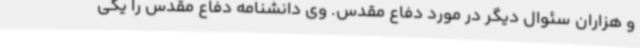
و هزاران سئوال دیگر در مورد دفاع مقدس. وی دانشنامه دفاع مقدس را یکی